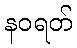
နဝရတ်